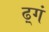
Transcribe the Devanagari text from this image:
ढ़्गं